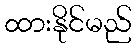
ထားနိုင်မည်